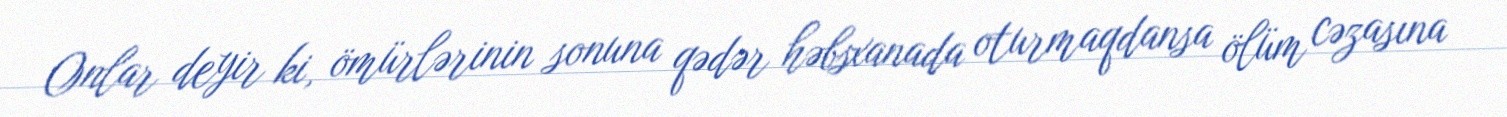
Onlar deyir ki, ömürlərinin sonuna qədər həbsxanada oturmaqdansa ölüm cəzasına